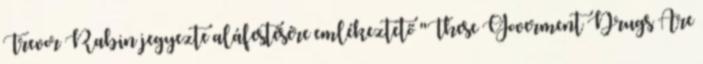
Trevor Rabin jegyezte aláfestésére emlékeztető "These Goverment Drugs Are